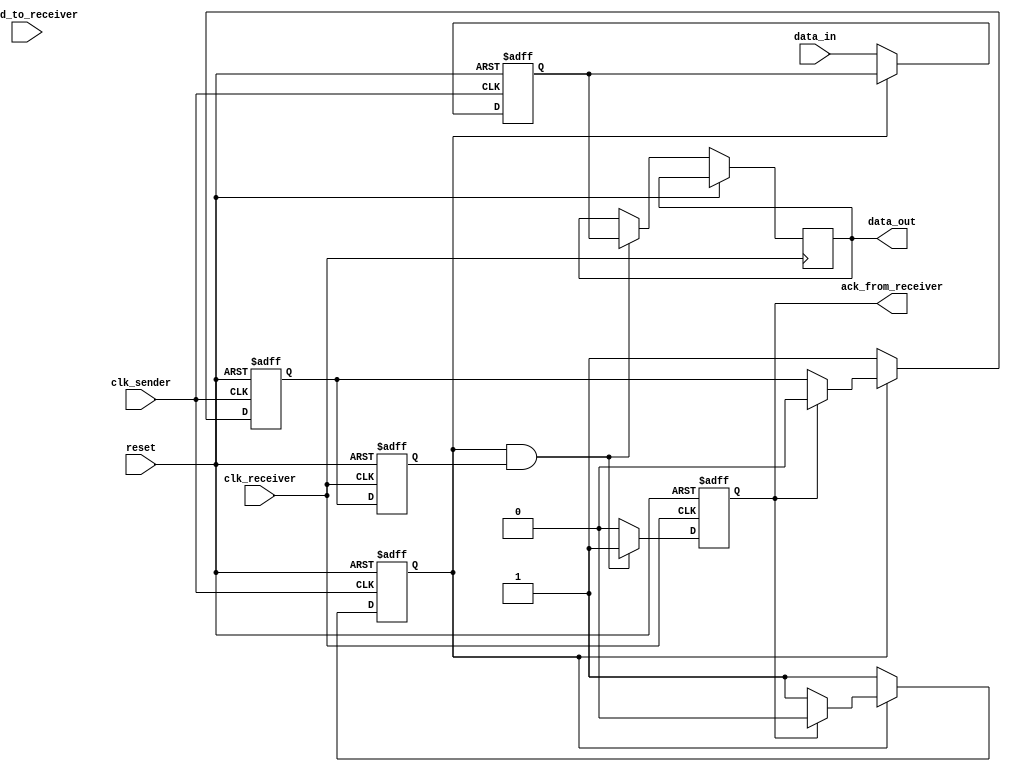
module handshake_synchronizer (
    input wire clk_sender,        // Sender clock
    input wire clk_receiver,      // Receiver clock
    input wire reset,             // Asynchronous reset
    input wire [7:0] data_in,     // Data input to be sent
    output wire [7:0] data_out,   // Data output received
    output wire ack_from_receiver, // Acknowledgment signal from receiver
    input wire valid_to_receiver   // Valid signal from the sender
);

    // Internal signals
    reg [7:0] data_reg_sender;    // Data register at sender side
    reg valid_signal;              // Valid signal at sender side
    reg hand_shake_signal;         // Handshake signal
    reg ack_to_sender;             // Acknowledgment signal from receiver

    // Sender Side
    always @(posedge clk_sender or posedge reset) begin
        if (reset) begin
            data_reg_sender <= 8'b0;
            valid_signal <= 1'b0;
            hand_shake_signal <= 1'b0;
        end else begin
            if (!valid_signal) begin
                data_reg_sender <= data_in; // Capture data
                valid_signal <= 1'b1;        // Assert valid
                hand_shake_signal <= 1'b1;   // Assert handshake
            end else if (ack_to_sender) begin
                valid_signal <= 1'b0;        // Reset valid after ack
                hand_shake_signal <= 1'b0;   // Reset handshake
            end
        end
    end

    // Receiver Side
    reg [1:0] sync_handshake; // Dual-flop synchronizer

    always @(posedge clk_receiver or posedge reset) begin
        if (reset) begin
            sync_handshake <= 2'b00;
            ack_to_sender <= 1'b0;
        end else begin
            // Synchronize handshake signal
            sync_handshake <= {sync_handshake[0], hand_shake_signal};

            // Check for valid handshake and assert ack
            if (valid_signal && sync_handshake[0]) begin
                data_out <= data_reg_sender; // Capture data
                ack_to_sender <= 1'b1;        // Assert acknowledgment
            end else if (ack_to_sender) begin
                ack_to_sender <= 1'b0;        // Reset acknowledgment after send
            end
        end
    end

    // Acknowledgment signal to sender
    assign ack_from_receiver = ack_to_sender;

endmodule